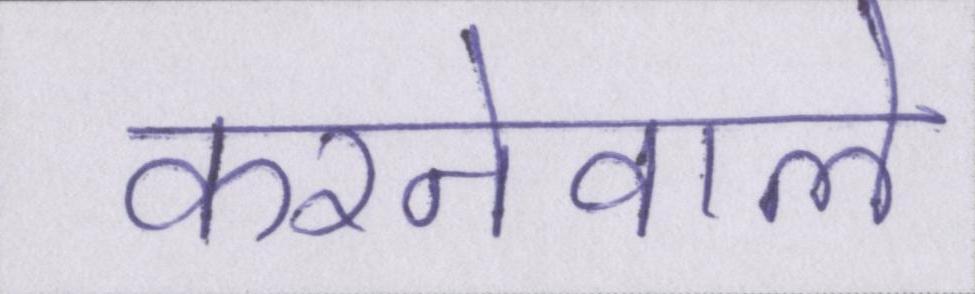
करनेवाले